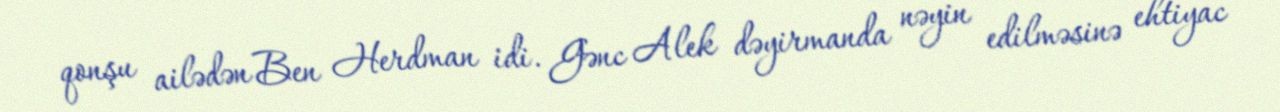
qonşu ailədən Ben Herdman idi. Gənc Alek dəyirmanda nəyin edilməsinə ehtiyac